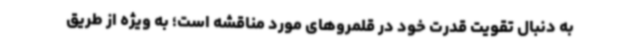
به دنبال تقویت قدرت خود در قلمروهای مورد مناقشه است؛ به ویژه از طریق